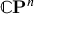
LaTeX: \mathbb { C } \mathbf { P } ^ { n }